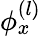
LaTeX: \phi_{x}^{\left(l\right)}